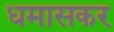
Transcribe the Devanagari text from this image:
धमासकर